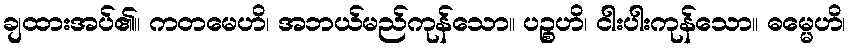
ချထားအပ်၏။ ကတမေဟိ၊ အဘယ်မည်ကုန်သော။ ပဉ္စဟိ၊ ငါးပါးကုန်သော။ ဓမ္မေဟိ၊